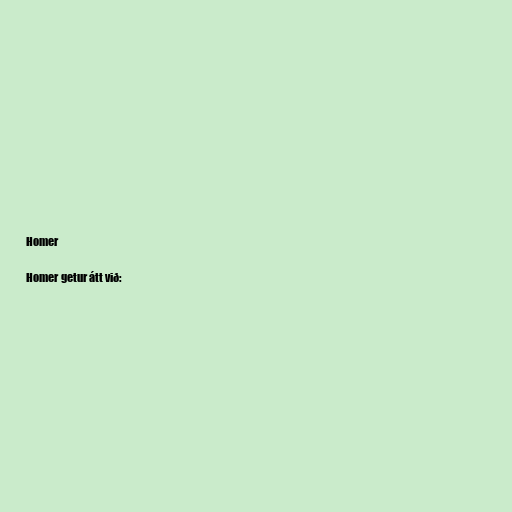
Homer

Homer getur átt við: